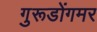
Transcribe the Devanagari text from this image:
गुरूडोंगमर